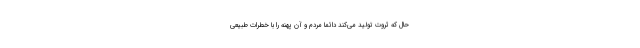
حال که ثروت تولید می‌کند دائماً مردم و آن پهنه را با خطرات طبیعی